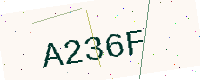
Text: A236F